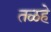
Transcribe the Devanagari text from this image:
तळहे